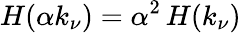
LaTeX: H(\alpha k_{\nu})=\alpha^{2}\, H(k_{\nu})